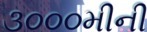
૩૦૦૦મીની